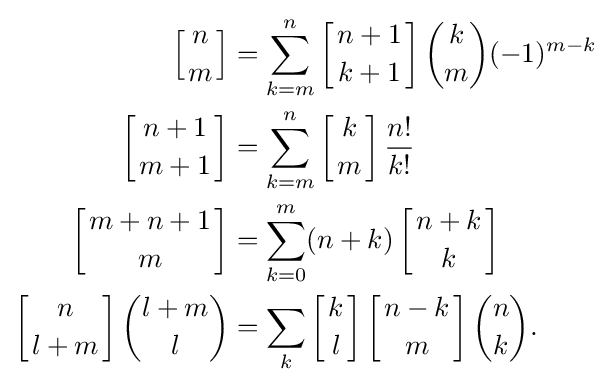
{\begin{aligned}\left[{n \atop m}\right]&=\sum _{k=m}^{n}\left[{n+1 \atop k+1}\right]{\binom {k}{m}}(-1)^{m-k}\\\left[{n+1 \atop m+1}\right]&=\sum _{k=m}^{n}\left[{k \atop m}\right]{\frac {n!}{k!}}\\\left[{m+n+1 \atop m}\right]&=\sum _{k=0}^{m}(n+k)\left[{n+k \atop k}\right]\\\left[{n \atop l+m}\right]{\binom {l+m}{l}}&=\sum _{k}\left[{k \atop l}\right]\left[{n-k \atop m}\right]{\binom {n}{k}}.\end{aligned}}